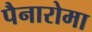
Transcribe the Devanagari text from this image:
पैनारोमा